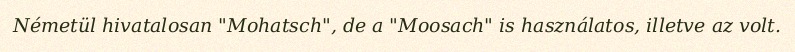
Németül hivatalosan "Mohatsch", de a "Moosach" is használatos, illetve az volt.